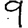
Digit: 9